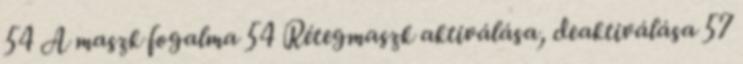
54 A maszk fogalma 54 Rétegmaszk aktiválása, deaktiválása 57